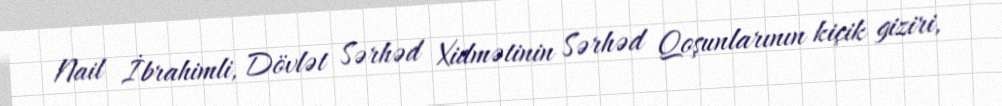
Nail İbrahimli, Dövlət Sərhəd Xidmətinin Sərhəd Qoşunlarının kiçik giziri,